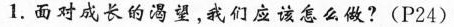
1.面对成长的渴望，我们应该怎么做?(P24)